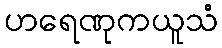
ဟရေဏုကယူသံ